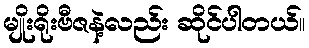
မျိုးရိုးဗီဇနဲ့လည်း ဆိုင်ပါတယ်။